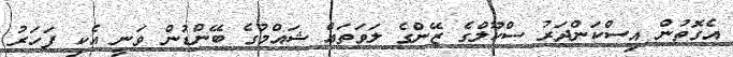
އެގޮތުން އިސްކަންދަރު ސްކޫލްގެ ޒޭންގެ ލަވަތައް ޝައްމުގެ ބޭންޑުން ވަނީ އެކި ފަހަރު